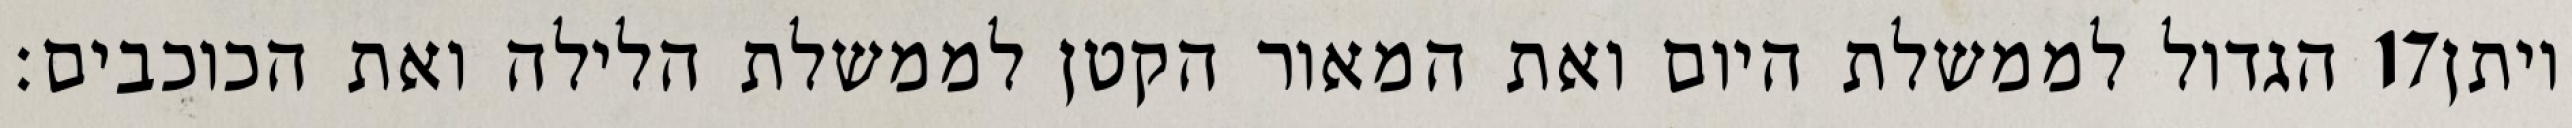
הגדול לממשלת היום ואת המאור הקטן לממשלת הלילה ואת הכוכבים׃ ‎17‏ ויתן